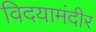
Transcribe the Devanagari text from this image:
विदयामंदीर